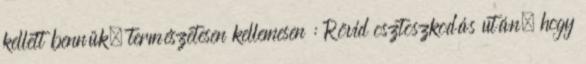
kellett bennük, természetesen kellemesen : Rövid osztoszkodás után, hogy